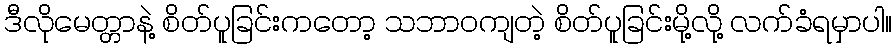
ဒီလိုမေတ္တာနဲ့ စိတ်ပူခြင်းကတော့ သဘာဝကျတဲ့ စိတ်ပူခြင်းမို့လို့ လက်ခံရမှာပါ။